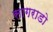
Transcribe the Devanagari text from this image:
सागराडो